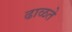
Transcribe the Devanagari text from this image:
ढाळते